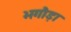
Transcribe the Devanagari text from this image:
भगौड़ा